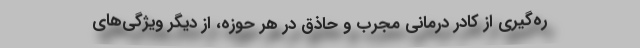
ره‌گیری از کادر درمانی مجرب و حاذق در هر حوزه، از دیگر ویژگی‌های